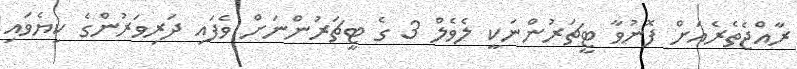
ރާއްޖެތެރެއަށް ފޮނުވާ ޓީޗަރުންނަކީ ލެވެލް 3 ގެ ޓީޗަރުންނަށް ވެފައި ދަރިވަރުންގެ ކިޔެވައި